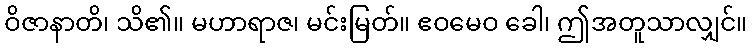
ဝိဇာနာတိ၊ သိ၏။ မဟာရာဇ၊ မင်းမြတ်။ ဧဝမေဝ ခေါ၊ ဤအတူသာလျှင်။